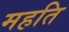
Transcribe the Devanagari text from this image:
महति